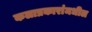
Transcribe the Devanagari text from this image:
कलाप्रकारांमधील